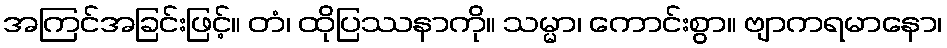
အကြင်အခြင်းဖြင့်။ တံ၊ ထိုပြဿနာကို။ သမ္မာ၊ ကောင်းစွာ။ ဗျာကရမာနော၊